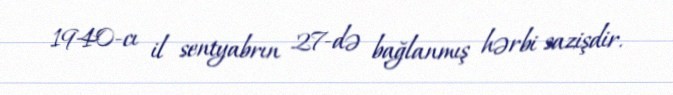
1940-cı il sentyabrın 27-də bağlanmış hərbi sazişdir.